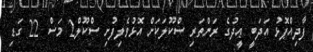
ފާދިއްޕޮޅު އަދަބީ ޢީދުގެ ރަންތަރި ސްކޫލަކަށް އޮޅުވެލިފުށި ސްކޫލް2 މަސް 22 ގަޑި